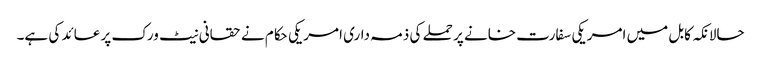
حالانکہ کابل میں امریکی سفارت خانے پر حملے کی ذمہ داری امریکی حکام نے حقانی نیٹ ورک پر عائد کی ہے۔